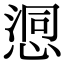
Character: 𢞉